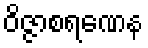
ဝိဇ္ဇာစရဏေန